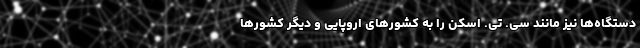
دستگاه‌ها نیز مانند سی. ‌تی. ‌اسکن را به کشورهای اروپایی و دیگر کشورها